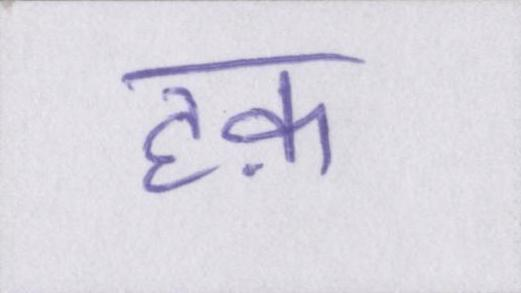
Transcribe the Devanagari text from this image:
हक़